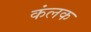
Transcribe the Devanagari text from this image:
कंलक